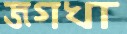
জগখা